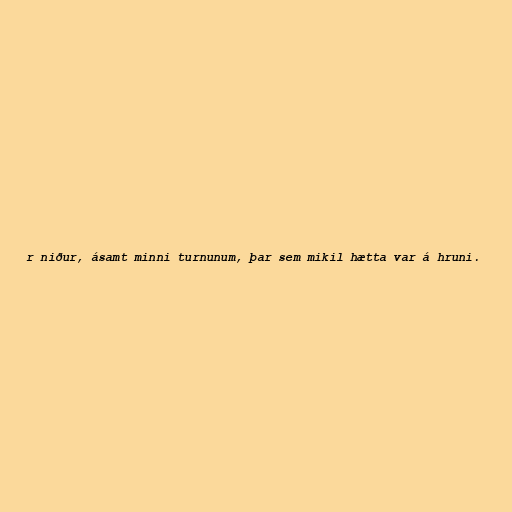
r niður, ásamt minni turnunum, þar sem mikil hætta var á hruni.